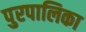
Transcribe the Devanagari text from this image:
पुरपालिका